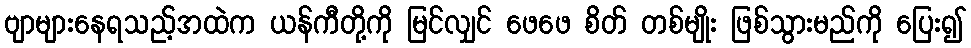
ဗျာများနေရသည့်အထဲက ယန်ကီတို့ကို မြင်လျှင် ဖေဖေ စိတ် တစ်မျိုး ဖြစ်သွားမည်ကို ပြေး၍